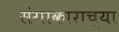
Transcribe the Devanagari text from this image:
संगाकाराच्या